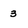
Character: 3